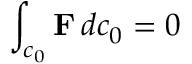
\int _ { c _ { 0 } } \mathbf { F } \, d c _ { 0 } = 0